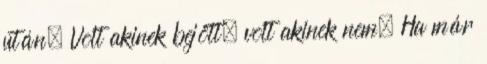
után. Volt akinek bejött, volt akinek nem. Ha már